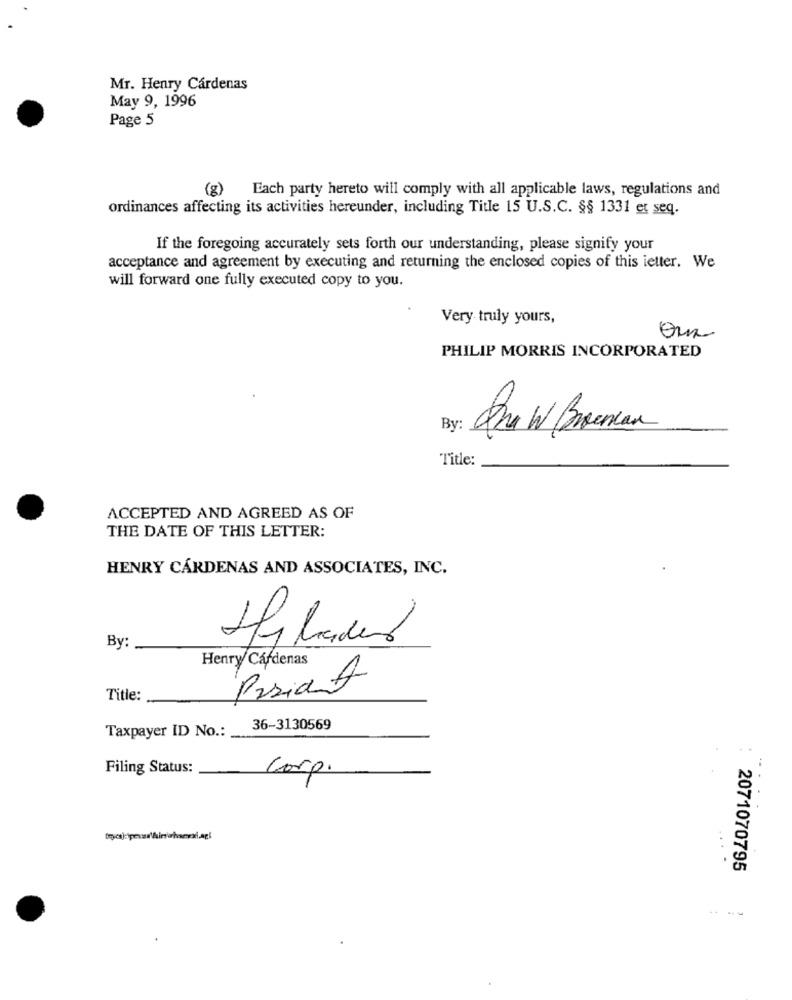
Mr. Henry Cárdenas
May 9, 1996
Page 5
(8)
Each party hereto will comply with all applicable laws, regulations and
ordinances affecting its activities hereunder, including Title 15 U.S.C. §§ 1331 et seq.
If the foregoing accurately sets forth our understanding, please signify your
acceptance and agreement by executing and returning the enclosed copies of this ietter. We
will forward one fully executed copy to you.
Very truly yours,
ou
PHILIP MORRIS INCORPORATED
By :
Title:
ACCEPTED AND AGREED AS OF
THE DATE OF THIS LETTER:
HENRY CÁRDENAS AND ASSOCIATES, INC.
Helados
By:
Henry Cárdenas
Title:
Taxpayer ID No .:
36-3130569
Filing Status:
Corp.
2071070795